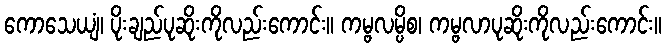
ကောသေယျံ၊ ပိုးချည်ပုဆိုးကိုလည်းကောင်း။ ကမ္ဗလမ္ပိစ၊ ကမ္ဗလာပုဆိုးကိုလည်းကောင်း။